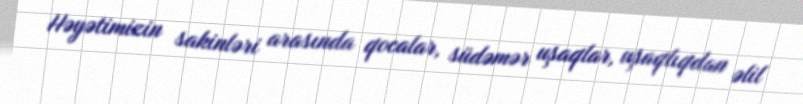
Həyətimizin sakinləri arasında qocalar, südəmər uşaqlar, uşaqlıqdan əlil